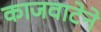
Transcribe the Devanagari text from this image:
काजवाटेने